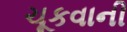
ચૂકવાની